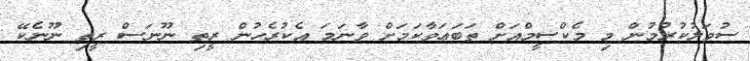
ސުވަލުކުރުމުން މި މެކްސީމްއަށް ތަބަޢަވާކަމަށް ވާނަމަ އެކުރެހުން ރީތި ނޫނަސް ރީތި ނޫނެކޭ